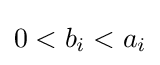
0<b_{i}<a_{i}